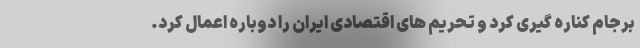
برجام کناره گیری کرد و تحریم های اقتصادی ایران را دوباره اعمال کرد.